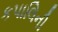
કપાલિની